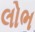
લોભ